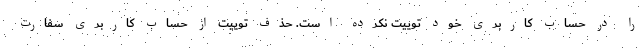
را در حساب کاربری خود توییت نکرده است. حذف توییت از حساب کاربری سفارت